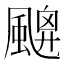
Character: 𩘙